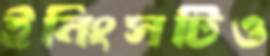
ইনিংসটিও